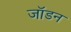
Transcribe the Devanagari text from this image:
जॉडन